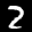
Label: 2